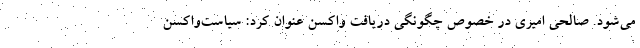
می‌شود. صالحی امیری در خصوص چگونگی دریافت واکسن عنوان کرد: سیاست‌واکسن